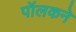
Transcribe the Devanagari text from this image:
पॉलकने